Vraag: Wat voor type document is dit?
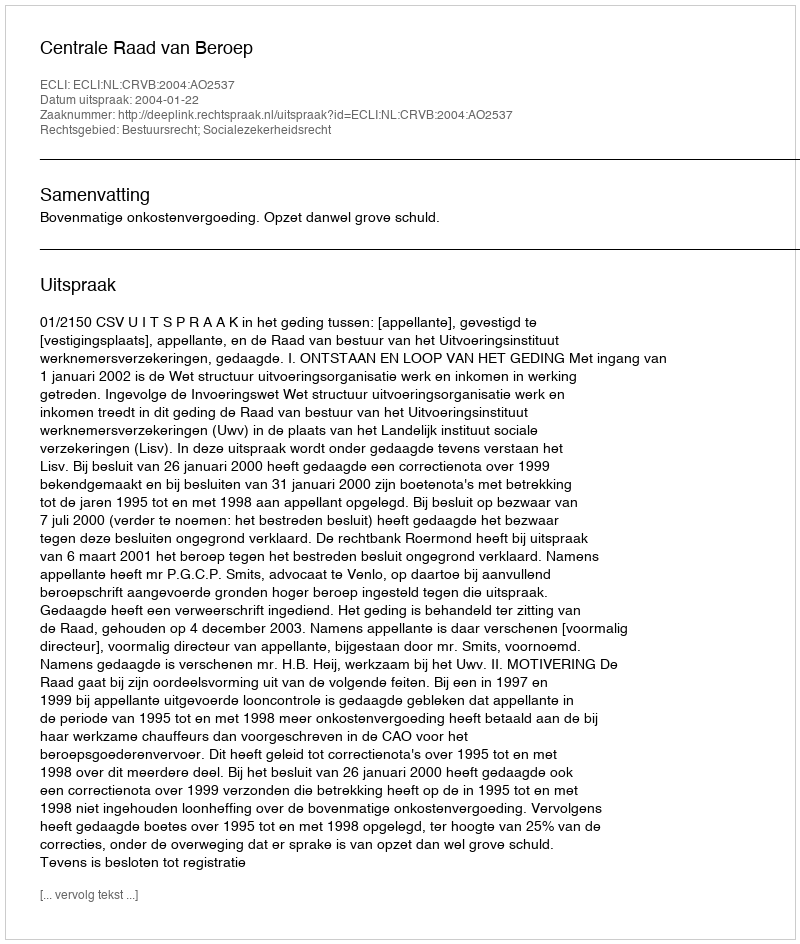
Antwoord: Uitspraak